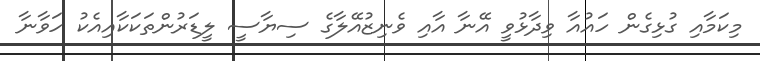
މިކަމާއި ގުޅިގެން ހައުއާ ވިދާޅުވީ އޭނާ އާއި ވެނިޒުއޭލާގެ ސިޔާސީ ލީޑަރުންތަކަކާއިއެކު ހަވާނާ